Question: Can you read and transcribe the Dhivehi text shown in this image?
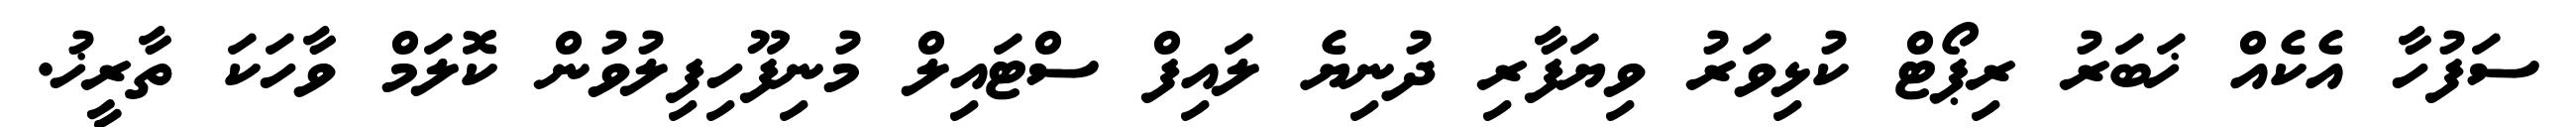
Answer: ސަފުހާ އެކެއް ޚަބަރު ރިޕޯޓް ކުޅިވަރު ވިޔަފާރި ދުނިޔެ ލައިފް ސްޓައިލް މުނިފޫހިފިލުވުން ކޮލަމް ވާހަކަ ތާރީޚު.